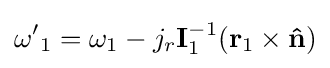
\mathbf {\omega '} _{1}=\mathbf {\omega } _{1}-j_{r}\mathbf {I} _{1}^{-1}(\mathbf {r} _{1}\times \mathbf {\hat {n}} )